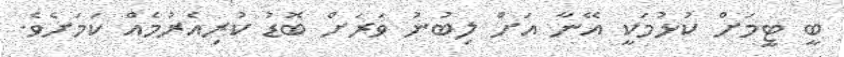
ބީ ޓީމަށް ކުޅުމަކީ އޭނާ އަށް ލިބުނު ވަރަށް ބޮޑު ކުރިއެރުމެއް ކަމަށެވެ.